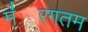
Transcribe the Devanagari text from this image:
म॑रगतम